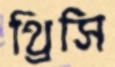
থ্রিসি